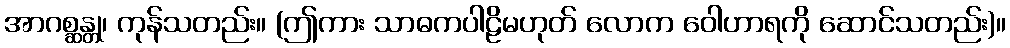
အာဂစ္ဆန္တု၊ ကုန်သတည်း။ (ဤကား သာဓကပါဠိမဟုတ် လောက ဝေါဟာရကို ဆောင်သတည်း)။